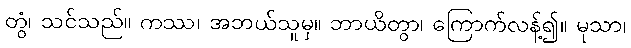
တွံ၊ သင်သည်။ ကဿ၊ အဘယ်သူမှ။ ဘာယိတွာ၊ ကြောက်လန့်၍။ မုသာ၊